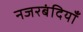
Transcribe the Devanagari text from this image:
नजरबंदियाँ